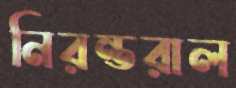
নিরন্তরাল